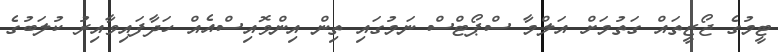
ޓީމުގެ ޖޯޒީތައް ގަތުމަށް އަލްމާ ސްޕޯޓްސް ނަމުގައި ތިން އިންވޮއިސްއެއް ހަދާފައިވާއިރު ކުލަބުގެ